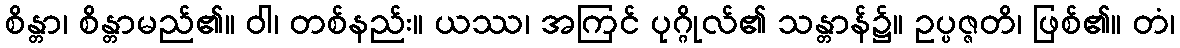
စိန္တာ၊ စိန္တာမည်၏။ ဝါ၊ တစ်နည်း။ ယဿ၊ အကြင် ပုဂ္ဂိုလ်၏ သန္တာန်၌။ ဥပ္ပဇ္ဇတိ၊ ဖြစ်၏။ တံ၊